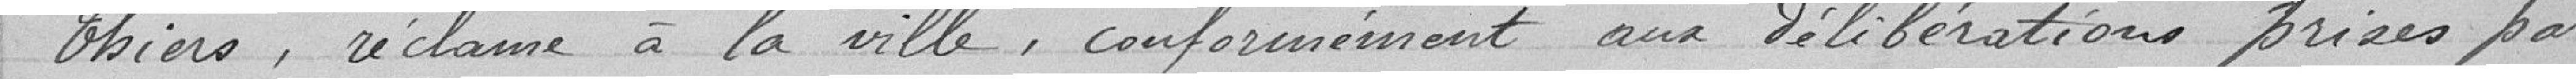
Thiers, réclame à la ville, conformément aux délibérations prises par